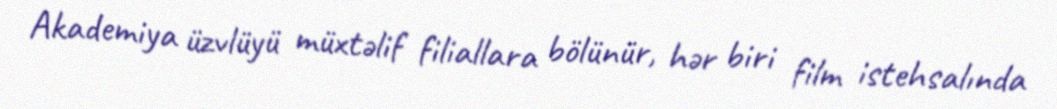
Akademiya üzvlüyü müxtəlif filiallara bölünür, hər biri film istehsalında